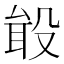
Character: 𪵎